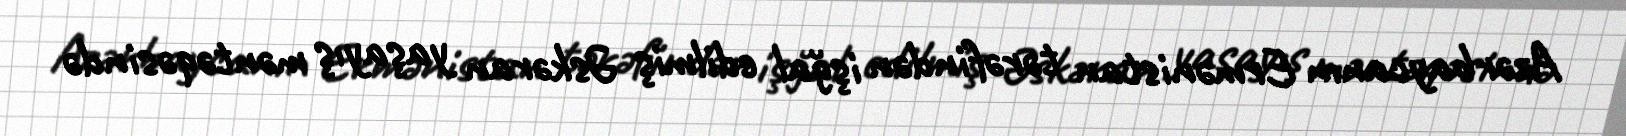
Azərbaycanın Ermənistan tərəfindən işğal edilmiş Əskəran yaşayış məntəqəsində